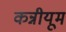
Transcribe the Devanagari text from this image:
कन्नीयूम